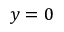
y = 0